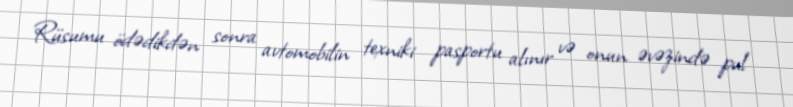
Rüsumu ödədikdən sonra avtomobilin texniki pasportu alınır və onun əvəzində pul